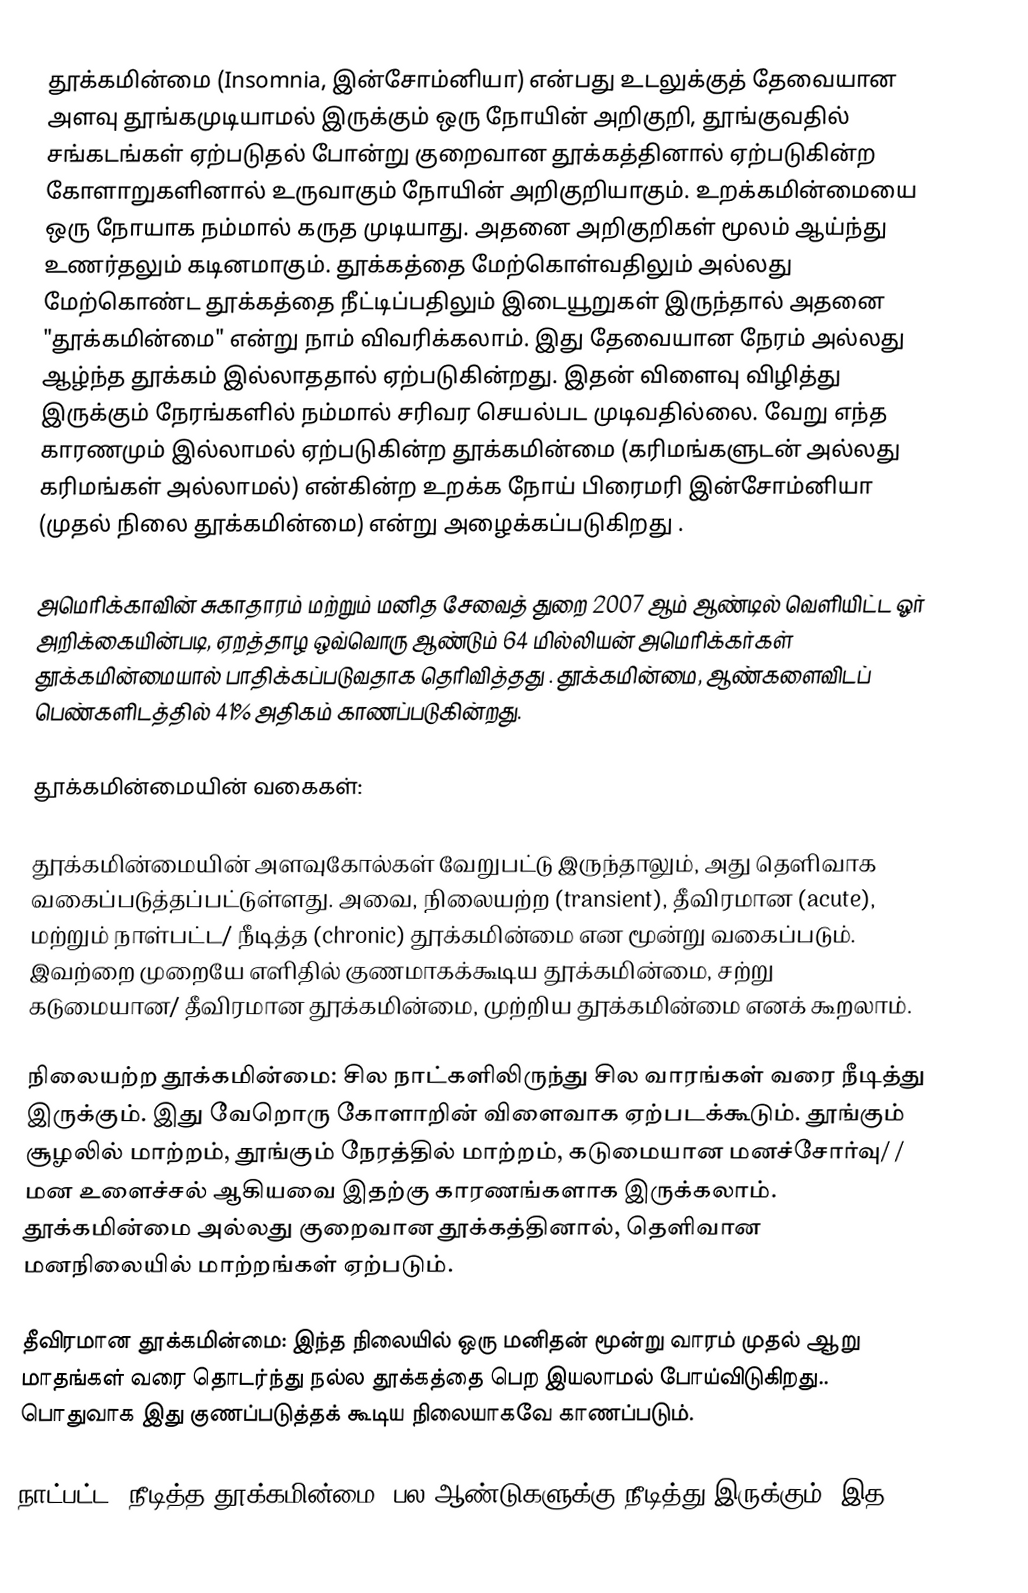
தூக்கமின்மை (Insomnia, இன்சோம்னியா) என்பது உடலுக்குத் தேவையான அளவு தூங்கமுடியாமல் இருக்கும் ஒரு நோயின் அறிகுறி, தூங்குவதில் சங்கடங்கள் ஏற்படுதல் போன்று குறைவான தூக்கத்தினால் ஏற்படுகின்ற கோளாறுகளினால் உருவாகும் நோயின் அறிகுறியாகும். உறக்கமின்மையை ஒரு நோயாக நம்மால் கருத முடியாது. அதனை அறிகுறிகள் மூலம் ஆய்ந்து உணர்தலும் கடினமாகும். தூக்கத்தை மேற்கொள்வதிலும் அல்லது மேற்கொண்ட தூக்கத்தை நீட்டிப்பதிலும் இடையூறுகள் இருந்தால் அதனை "தூக்கமின்மை" என்று நாம் விவரிக்கலாம். இது தேவையான நேரம் அல்லது ஆழ்ந்த தூக்கம் இல்லாததால் ஏற்படுகின்றது. இதன் விளைவு விழித்து இருக்கும் நேரங்களில் நம்மால் சரிவர செயல்பட முடிவதில்லை. வேறு எந்த காரணமும் இல்லாமல் ஏற்படுகின்ற தூக்கமின்மை (கரிமங்களுடன் அல்லது கரிமங்கள் அல்லாமல்) என்கின்ற உறக்க நோய் பிரைமரி இன்சோம்னியா (முதல் நிலை தூக்கமின்மை) என்று அழைக்கப்படுகிறது .

அமெரிக்காவின் சுகாதாரம் மற்றும் மனித சேவைத் துறை 2007 ஆம் ஆண்டில் வெளியிட்ட ஓர் அறிக்கையின்படி, ஏறத்தாழ ஒவ்வொரு ஆண்டும் 64 மில்லியன் அமெரிக்கர்கள் தூக்கமின்மையால் பாதிக்கப்படுவதாக தெரிவித்தது . தூக்கமின்மை, ஆண்களைவிடப் பெண்களிடத்தில் 41% அதிகம் காணப்படுகின்றது.

தூக்கமின்மையின் வகைகள்:

தூக்கமின்மையின் அளவுகோல்கள் வேறுபட்டு இருந்தாலும், அது தெளிவாக வகைப்படுத்தப்பட்டுள்ளது. அவை, நிலையற்ற (transient), தீவிரமான (acute), மற்றும் நாள்பட்ட/ நீடித்த (chronic) தூக்கமின்மை என மூன்று வகைப்படும். இவற்றை முறையே எளிதில் குணமாகக்கூடிய தூக்கமின்மை, சற்று கடுமையான/ தீவிரமான தூக்கமின்மை, முற்றிய தூக்கமின்மை எனக் கூறலாம்.

 நிலையற்ற தூக்கமின்மை: சில நாட்களிலிருந்து சில வாரங்கள் வரை நீடித்து இருக்கும். இது வேறொரு கோளாறின் விளைவாக ஏற்படக்கூடும். தூங்கும் சூழலில் மாற்றம், தூங்கும் நேரத்தில் மாற்றம், கடுமையான மனச்சோர்வு/ / மன உளைச்சல் ஆகியவை இதற்கு காரணங்களாக இருக்கலாம். தூக்கமின்மை அல்லது குறைவான தூக்கத்தினால், தெளிவான மனநிலையில் மாற்றங்கள் ஏற்படும்.

 தீவிரமான தூக்கமின்மை: இந்த நிலையில் ஒரு மனிதன் மூன்று வாரம் முதல் ஆறு மாதங்கள் வரை தொடர்ந்து நல்ல தூக்கத்தை பெற இயலாமல் போய்விடுகிறது.. பொதுவாக இது குணப்படுத்தக் கூடிய நிலையாகவே காணப்படும்.

 நாட்பட்ட/ நீடித்த தூக்கமின்மை: பல ஆண்டுகளுக்கு நீடித்து இருக்கும். இத